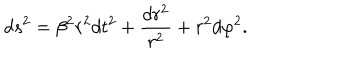
d s ^ { 2 } = \beta ^ { 2 } r ^ { 2 } d t ^ { 2 } + \frac { d r ^ { 2 } } { r ^ { 2 } } + r ^ { 2 } d \varphi ^ { 2 } .